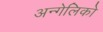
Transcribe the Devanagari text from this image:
अन्गेलिको